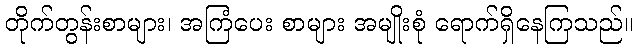
တိုက်တွန်းစာများ၊ အကြံပေး စာများ အမျိုးစုံ ရောက်ရှိနေကြသည်။